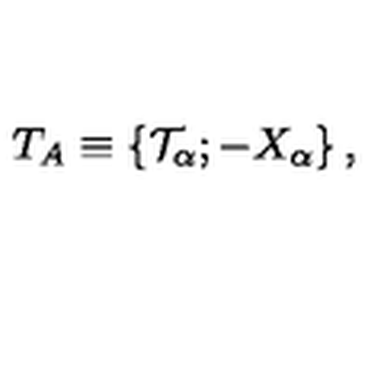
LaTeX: T _ { A } \equiv \left\{ { \cal T } _ { \alpha } ; - X _ { \alpha } \right\} ,